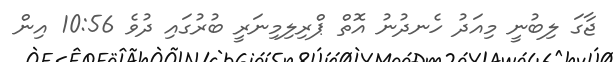
ޖާގަ ލިބުނީ މިއަދު ހެނދުނު އޮތް ޕްރިލިމިނަރީ ބުރުގައި ދުވެ 10:56 އިން